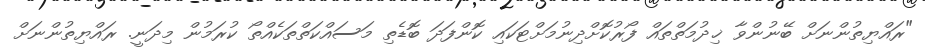
"ރައްޔިތުންނަށް ބޭނުންވާ ޚިދުމަތްތައް ފޯރުކޮށްދިނުމަށްޓަކައި ކޮންފަދަ ބޮޑެތި މަސައްކަތްތަކެއްތޯ ކުރަމުން މިދަނީ. ރައްޔިތުންނަށް